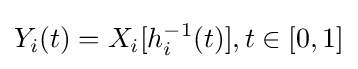
Y_{i}(t)=X_{i}[h_{i}^{-1}(t)],t\in [0,1]